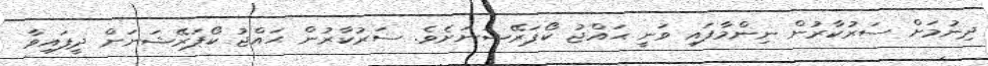
ދިނުމަށް ސަރުކާރުން ނިންމާފައި ވަނީ ޙައްޖު ކޯޕަރޭޝަނަށެވެ. ސަރުކާރުން ޙައްޖު ކޯޕަރޭޝަނަށް ދީފައިވާ